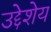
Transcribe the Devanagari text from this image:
उद्देशेय